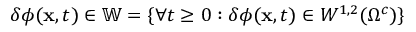
\delta \phi ( \mathbf { x } , t ) \in \mathbb { W } = \lbrace \forall t \geq 0 : \delta \phi ( \mathbf { x } , t ) \in W ^ { 1 , 2 } ( \Omega ^ { c } ) \rbrace